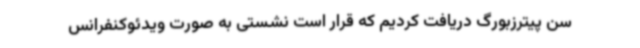
سن پیترزبورگ دریافت کردیم که قرار است نشستی به صورت ویدئوکنفرانس